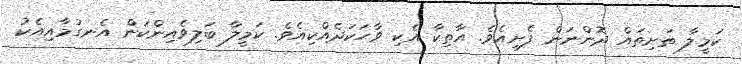
ކަމީލާ ތަށިތައް ދޮންނަން ފެށިއެވެ. އާތިކާ އެކި ވާހަކަދެއްކިއެވެ. ކަމީލާ ބަލިވެއިންކަން އެނގުމާއިއެކު